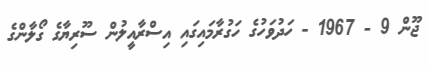
ޖޫން 9 - 1967 - ހަދުވަހުގެ ހަގުރާމައިގައި އިސްރާއީލުން ސޫރިޔާގެ ގޯލާންގެ